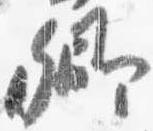
卿